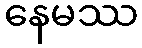
နေမဿ